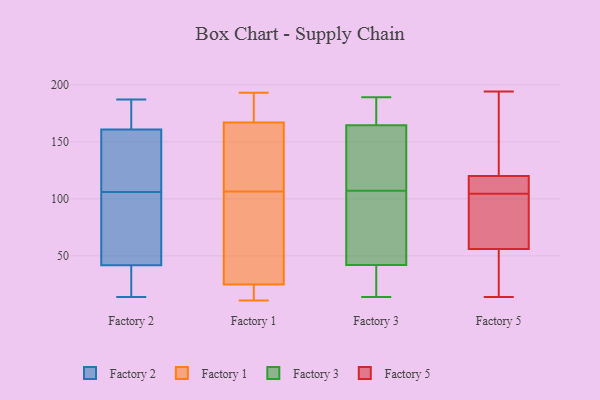
{"axis": {"x": "Headcount", "y": "Value"}, "legend": ["Factory 1", "Factory 2", "Factory 3", "Factory 5"], "data": [{"x": "", "y": 19, "type": "Factory 2"}, {"x": "", "y": 160, "type": "Factory 2"}, {"x": "", "y": 153, "type": "Factory 2"}, {"x": "", "y": 46, "type": "Factory 2"}, {"x": "", "y": 106, "type": "Factory 2"}, {"x": "", "y": 61, "type": "Factory 2"}, {"x": "", "y": 29, "type": "Factory 2"}, {"x": "", "y": 169, "type": "Factory 2"}, {"x": "", "y": 52, "type": "Factory 2"}, {"x": "", "y": 187, "type": "Factory 2"}, {"x": "", "y": 14, "type": "Factory 2"}, {"x": "", "y": 163, "type": "Factory 2"}, {"x": "", "y": 121, "type": "Factory 2"}, {"x": "", "y": 173, "type": "Factory 1"}, {"x": "", "y": 180, "type": "Factory 1"}, {"x": "", "y": 15, "type": "Factory 1"}, {"x": "", "y": 25, "type": "Factory 1"}, {"x": "", "y": 193, "type": "Factory 1"}, {"x": "", "y": 122, "type": "Factory 1"}, {"x": "", "y": 192, "type": "Factory 1"}, {"x": "", "y": 113, "type": "Factory 1"}, {"x": "", "y": 169, "type": "Factory 1"}, {"x": "", "y": 11, "type": "Factory 1"}, {"x": "", "y": 100, "type": "Factory 1"}, {"x": "", "y": 12, "type": "Factory 1"}, {"x": "", "y": 144, "type": "Factory 1"}, {"x": "", "y": 50, "type": "Factory 1"}, {"x": "", "y": 21, "type": "Factory 1"}, {"x": "", "y": 25, "type": "Factory 1"}, {"x": "", "y": 142, "type": "Factory 1"}, {"x": "", "y": 165, "type": "Factory 1"}, {"x": "", "y": 63, "type": "Factory 1"}, {"x": "", "y": 70, "type": "Factory 1"}, {"x": "", "y": 189, "type": "Factory 3"}, {"x": "", "y": 78, "type": "Factory 3"}, {"x": "", "y": 148, "type": "Factory 3"}, {"x": "", "y": 186, "type": "Factory 3"}, {"x": "", "y": 86, "type": "Factory 3"}, {"x": "", "y": 55, "type": "Factory 3"}, {"x": "", "y": 158, "type": "Factory 3"}, {"x": "", "y": 167, "type": "Factory 3"}, {"x": "", "y": 168, "type": "Factory 3"}, {"x": "", "y": 128, "type": "Factory 3"}, {"x": "", "y": 14, "type": "Factory 3"}, {"x": "", "y": 83, "type": "Factory 3"}, {"x": "", "y": 42, "type": "Factory 3"}, {"x": "", "y": 168, "type": "Factory 3"}, {"x": "", "y": 20, "type": "Factory 3"}, {"x": "", "y": 42, "type": "Factory 3"}, {"x": "", "y": 159, "type": "Factory 3"}, {"x": "", "y": 40, "type": "Factory 3"}, {"x": "", "y": 19, "type": "Factory 3"}, {"x": "", "y": 162, "type": "Factory 3"}, {"x": "", "y": 61, "type": "Factory 5"}, {"x": "", "y": 19, "type": "Factory 5"}, {"x": "", "y": 187, "type": "Factory 5"}, {"x": "", "y": 154, "type": "Factory 5"}, {"x": "", "y": 119, "type": "Factory 5"}, {"x": "", "y": 14, "type": "Factory 5"}, {"x": "", "y": 117, "type": "Factory 5"}, {"x": "", "y": 56, "type": "Factory 5"}, {"x": "", "y": 194, "type": "Factory 5"}, {"x": "", "y": 109, "type": "Factory 5"}, {"x": "", "y": 120, "type": "Factory 5"}, {"x": "", "y": 94, "type": "Factory 5"}, {"x": "", "y": 120, "type": "Factory 5"}, {"x": "", "y": 158, "type": "Factory 5"}, {"x": "", "y": 49, "type": "Factory 5"}, {"x": "", "y": 55, "type": "Factory 5"}, {"x": "", "y": 100, "type": "Factory 5"}, {"x": "", "y": 58, "type": "Factory 5"}]}